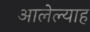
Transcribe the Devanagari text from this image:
आलेल्याह